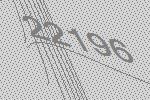
22196